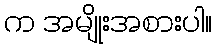
က အမျိုးအစားပါ။